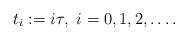
LaTeX: \begin{align*} t_i := i \tau, ~ i = 0, 1, 2, \dots.\end{align*}